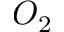
O _ { 2 }